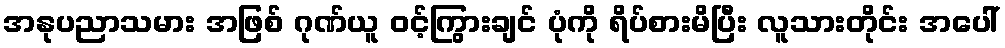
အနုပညာသမား အဖြစ် ဂုဏ်ယူ ဝင့်ကြွားချင် ပုံကို ရိပ်စားမိပြီး လူသားတိုင်း အပေါ်